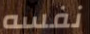
نفسه